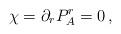
LaTeX: \begin{align*}\chi =\partial _{r}P_{A}^{r}=0\,, \end{align*}